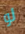
لو